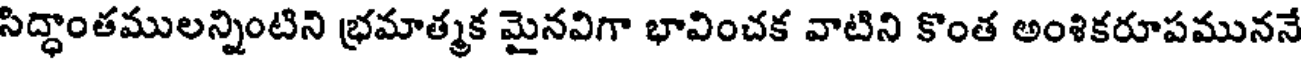
సిద్ధాంతములన్నింటిని భ్రమాత్మక మైనవిగా భావించక వాటిని కొంత అంశికరూపముననే